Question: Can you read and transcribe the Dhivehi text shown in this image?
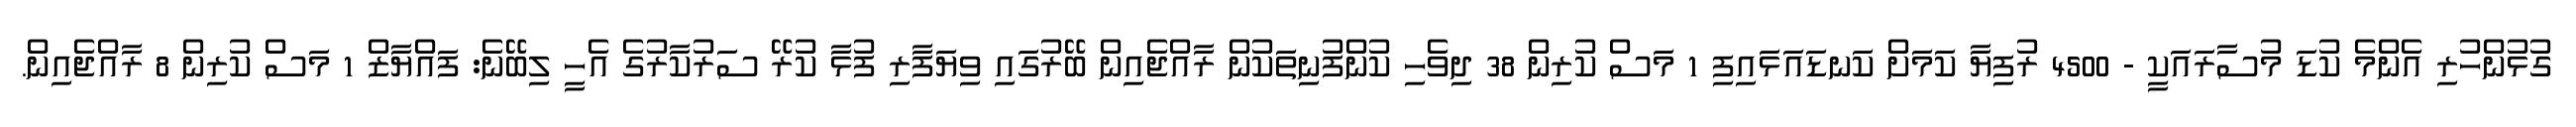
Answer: ގުޅުންހުރި އެންމެ ކުޑަ މުސާރައަކީ - 4500 ރުފިޔާ ކަމަށް ކަނޑައަޅައިފި 1 މަސް ކުރިން 38 ދިވެހި ކުންފުނިތަކުން ރާއްޖެއިން ބޭރުގައި ވިޔަފާރި ފުޅާ ކުރޭ ސަރުކާރުގެ އެހީ ލިބޭނެ: ފައްޔާޒް 1 މަސް ކުރިން 8 ރާއްޖެއިން.